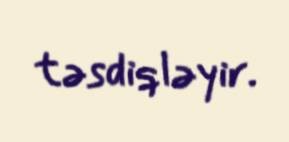
təsdiqləyir.